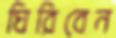
ঘিরিবেন